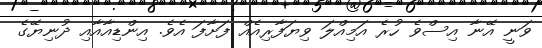
ވަނީ އޭނާ އިސްވެ ހުރެ އަމިއްލަ ވިޔަފާރިއެއް ފަށާފަ އެވެ. އިންޑިއާއާއި ދުނިޔޭގެ